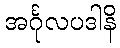
အင်္ဂုလပဒါနိ